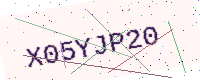
Text: X05YJP20